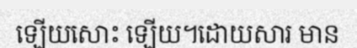
ឡើយសោះ ឡើយ។ដោយសារ មាន